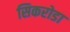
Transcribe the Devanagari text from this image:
सिकरोडा